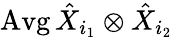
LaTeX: \operatorname{Avg}\hat{X}_{i_{1}}\otimes\hat{X}_{i_{2}}